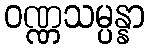
ဝဏ္ဏသမ္ပန္နာ